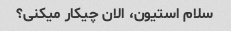
سلام استیون، الان چیکار میکنی؟